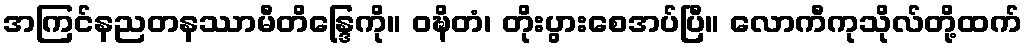
အကြင်နညတနဿာမီတိန္ဒြေကို။ ဝဍ္ဎိတံ၊ တိုးပွားစေအပ်ပြီ။ လောကီကုသိုလ်တို့ထက်